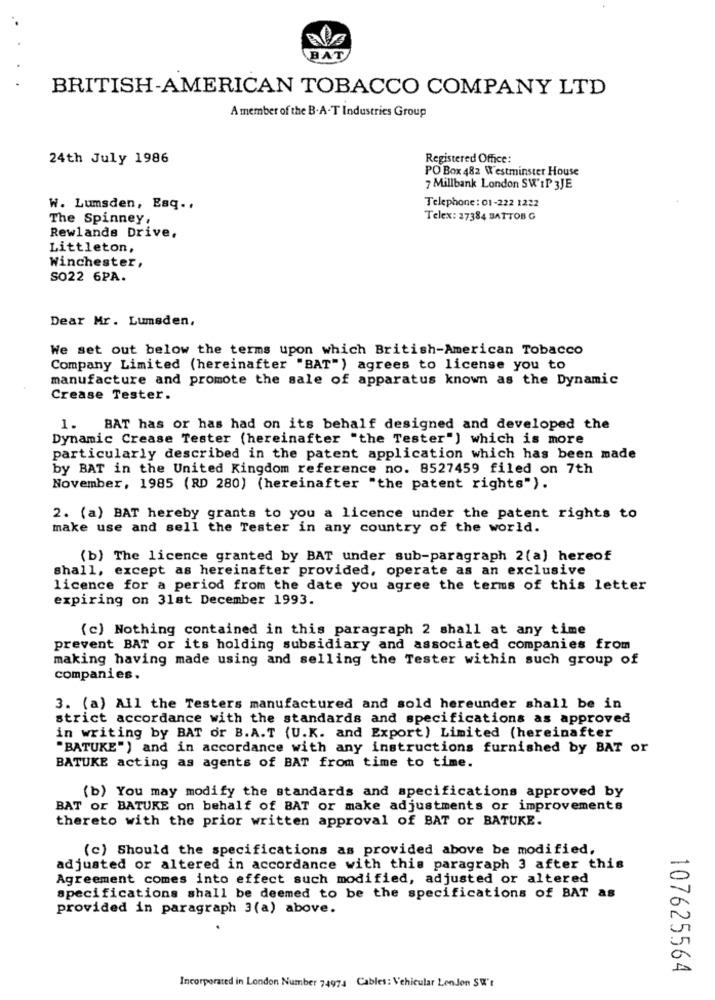
BAT
BRITISH-AMERICAN TOBACCO COMPANY LTD
A member of the B.A-T Industries Group
24th July 1986
Registered Office:
PO Box 482 Westminster House
7 Millbank London SW'IP 3JE
W. Lumsden, Esq ..
Telephone : 01-222 1222
The Spinney,
Telex: 27384 BATTOB G
Rewlands Drive.
Littleton,
Winchester,
SO22 6PA.
Dear Mr. Lumsden,
We set out below the terms upon which British-American Tobacco
Company Limited (hereinafter "BAT") agrees to license you to
manufacture and promote the sale of apparatus known as the Dynamic
Crease Tester.
1.
BAT has or has had on its behalf designed and developed the
Dynamic Crease Tester (hereinafter "the Tester") which is more
particularly described in the patent application which has been made
by BAT in the United Kingdom reference no. 8527459 filed on 7th
November, 1985 (RD 280) (hereinafter "the patent rights").
2. (a) BAT hereby grants to you a licence under the patent rights to
make use and sell the Tester in any country of the world.
(b) The licence granted by BAT under sub-paragraph 2(a) hereof
shall, except as hereinafter provided, operate as an exclusive
licence for a period from the date you agree the terms of this letter
expiring on 31st December 1993.
(c) Nothing contained in this paragraph 2 shall at any time
prevent BAT or its holding subsidiary and associated companies from
making having made using and selling the Tester within such group of
companies.
3. (a) All the Testers manufactured and sold hereunder shall be in
strict accordance with the standards and specifications as approved
in writing by BAT or B.A.T (U.K. and Export) Limited (hereinafter
"BATUKE") and in accordance with any instructions furnished by BAT or
BATUKE acting as agents of BAT from time to time.
(b) You may modify the standards and specifications approved by
BAT or BATUKE on behalf of BAT or make adjustments or improvements
thereto with the prior written approval of BAT or BATUKE.
(c) Should the specifications as provided above be modified.
adjusted or altered in accordance with this paragraph 3 after this
Agreement comes into effect such modified, adjusted or altered
specifications shall be deemed to be the specifications of BAT as
provided in paragraph 3(a) above.
107625564
Incorporated in London Number 74974 Cables: Vehicular London SW't